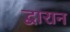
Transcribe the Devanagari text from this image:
द्वारान